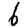
Digit: 6